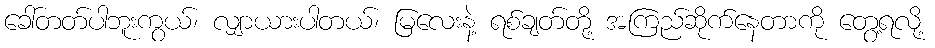
ခေါ်တတ်ပါဘူးကွယ်၊ လျှာယားပါတယ်၊ မြလေးနဲ့ ရစ်ချတ်တို့ အကြည်ဆိုက်နေတာကို တွေ့ရလို့